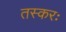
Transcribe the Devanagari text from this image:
तस्करः